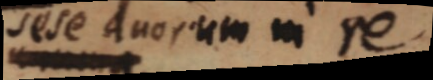
dese duorum in re